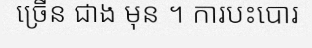
ច្រើន ជាង មុន ។ ការបះបោរ